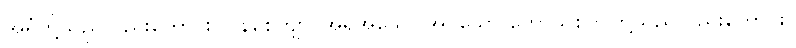
အရံတို့သည်လည်းကောင်း။ ဝနစေတျာ၊ အရိုအသေပြုအပ်သော တောသစ်ပင်တို့သည်လည်းကောင်း။